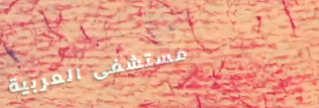
مستشفى العربية